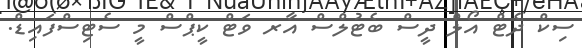
ސިކް ދެޓް އޯލް ދީސް ބެޓުލްސް އާރ ވަޓް ކީޕްސް މީ ސެޓިސްފައިޑް.